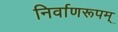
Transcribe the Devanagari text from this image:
निर्वाणरूपम्